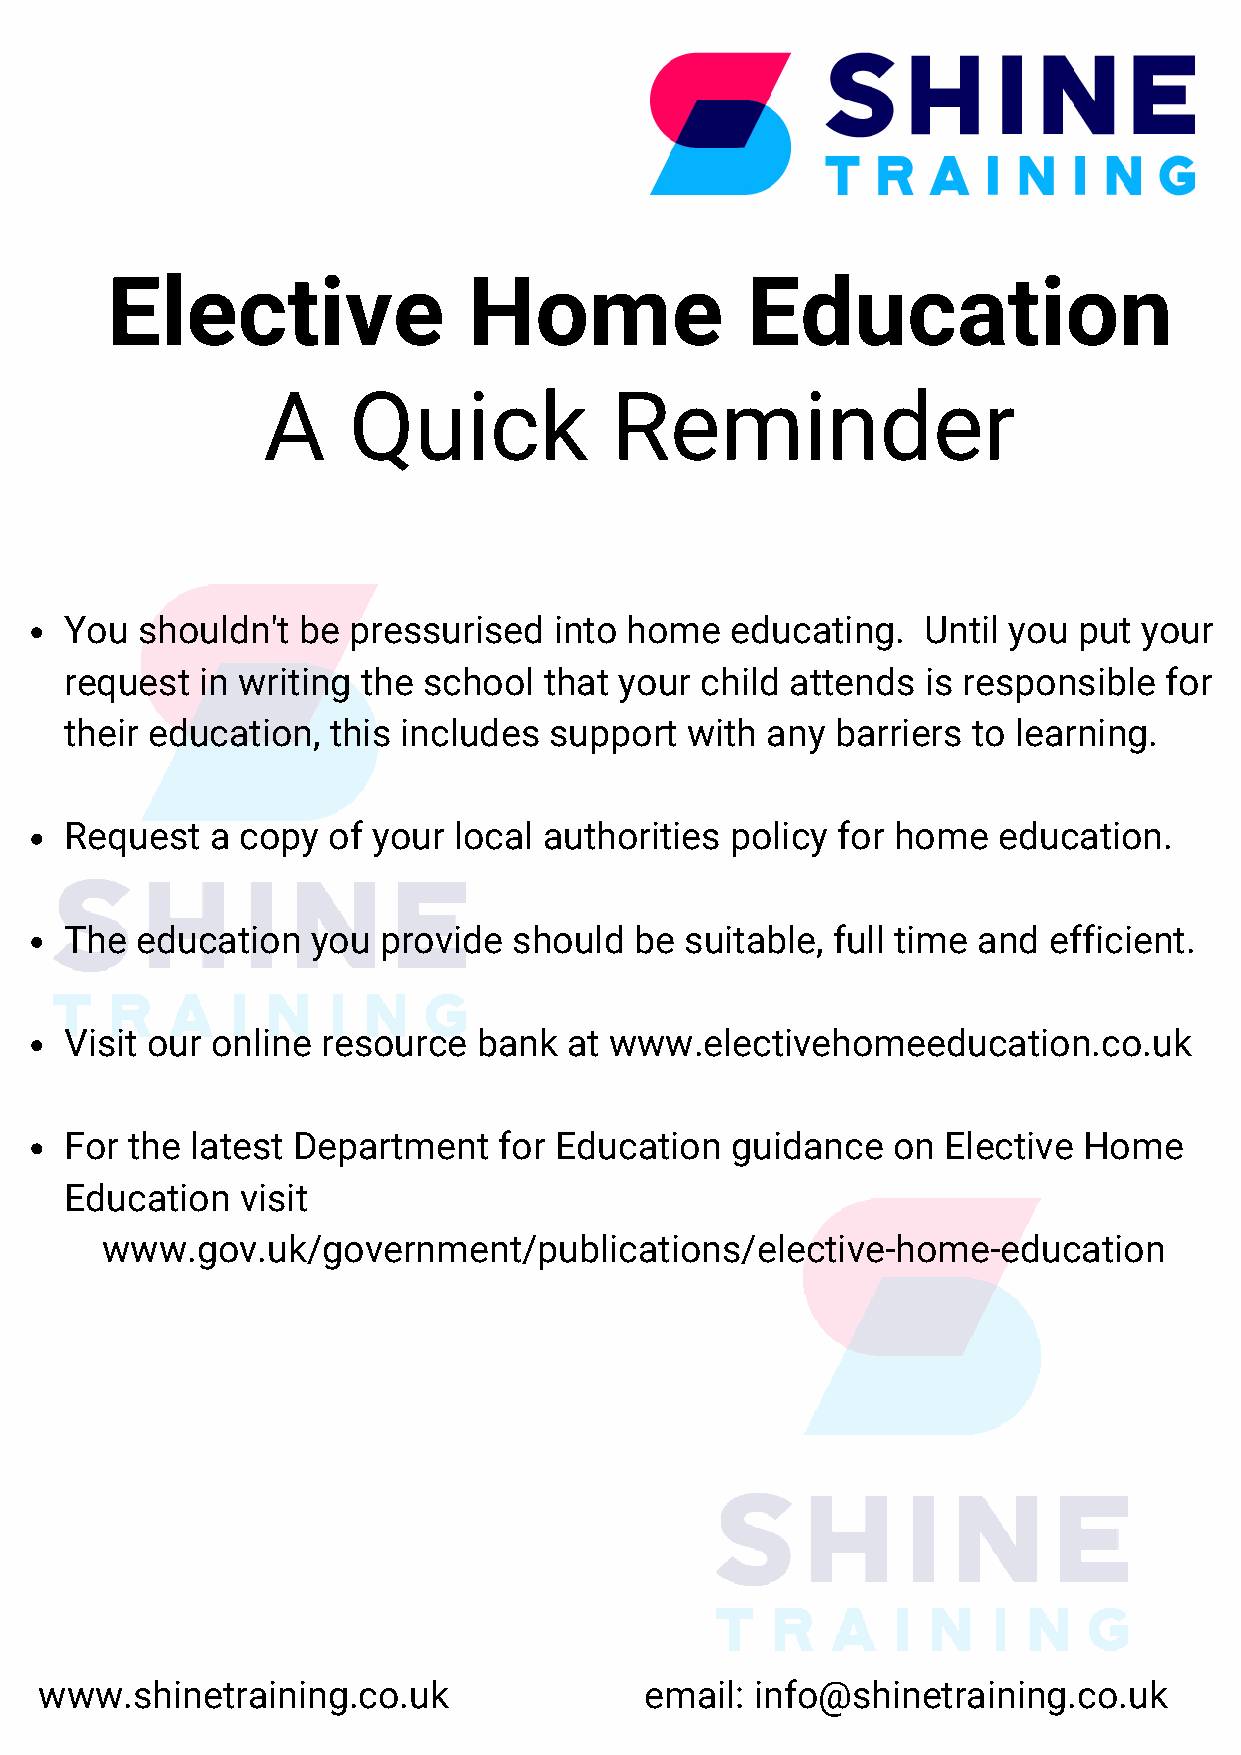
Elective                Home              Education
 A     Quick             Reminder
 You  shouldn't  be pressurised   into home  educating.   Until you put  your
 request  in writing the school  that your child attends  is responsible  for
 their education,  this includes support  with  any barriers to learning.
 Request   a copy  of your local authorities policy for home   education.
 The  education   you provide  should  be suitable, full time and efficient.
 Visit our online resource   bank  at www.electivehomeeducation.co.uk
 For the  latest Department   for Education  guidance   on Elective  Home
 Education   visit
 www.gov.uk/government/publications/elective-home-education
 www.shinetraining.co.uk                 email: info@shinetraining.co.uk